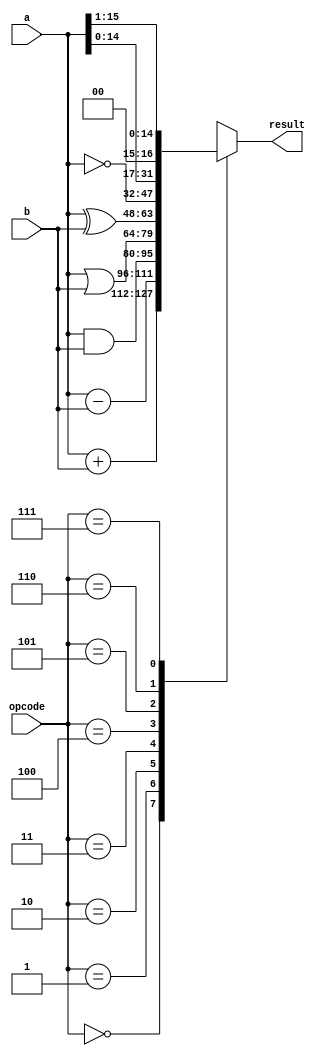
module ALU (
    input wire [15:0] a,
    input wire [15:0] b,
    input wire [2:0] opcode,
    output reg [15:0] result
);

always @(*) begin
    case (opcode)
        3'b000: result = a + b;  // ADD
        3'b001: result = a - b;  // SUB
        3'b010: result = a & b;  // AND
        3'b011: result = a | b;  // OR
        3'b100: result = a ^ b;  // XOR
        3'b101: result = ~a;     // NOT
        3'b110: result = a << 1; // Shift Left
        3'b111: result = a >> 1; // Shift Right
        default: result = 16'b0;
    endcase
end

endmodule